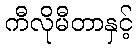
ကီလိုမီတာနှင့်